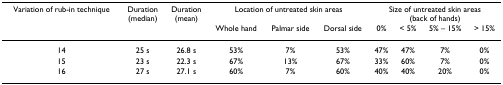
| Variation of rub-in technique | Duration(median) | Duration(mean) | <COLSPAN=3> Location of untreated skin areas | <COLSPAN=4> Size of untreated skin areas(back of hands) |
 |  |  |  | Whole hand | Palmar side | Dorsal side | 0% | < 5% | 5% – 15% | > 15% |
 | --- | --- | --- | --- | --- | --- | --- | --- | --- | --- |
 | 14 | 25 s | 26.8 s | 53% | 7% | 53% | 47% | 47% | 7% | 0% |
 | 15 | 23 s | 22.3 s | 67% | 13% | 67% | 33% | 60% | 7% | 0% |
 | 16 | 27 s | 27.1 s | 60% | 7% | 60% | 40% | 40% | 20% | 0% |